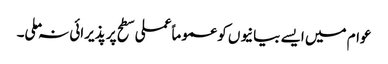
عوام میں ایسے بیانیوں کو عموما ًعملی سطح پر پذیرائی نہ ملی۔